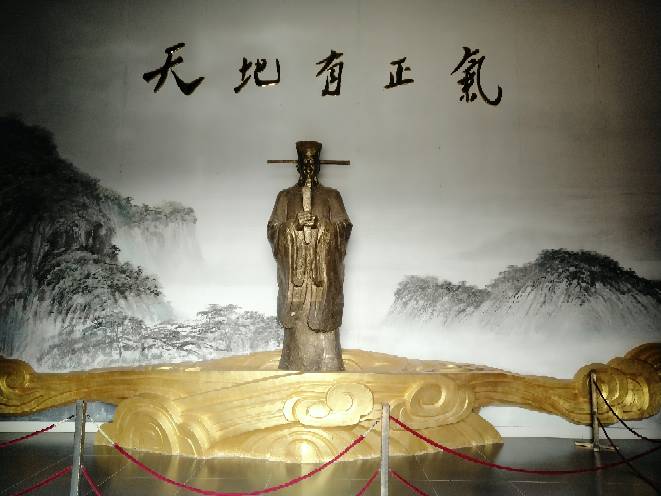
惶恐滩头说惶恐，零丁洋里叹零丁。